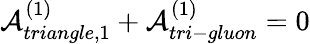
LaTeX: {\cal A}_{triangle,1}^{(1)}+{\cal A}_{tri-gluon}^{(1)}=0